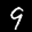
Label: 9